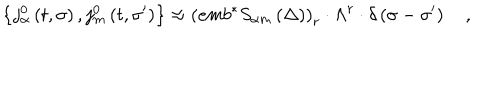
LaTeX: \left\{ j _ { \alpha } ^ { 0 } \left( t , \sigma \right) , j _ { m } ^ { 0 } \left( t , \sigma ^ { \prime } \right) \right\} \approx \left( e m b ^ { * } S _ { \alpha m } \left( \Delta \right) \right) _ { r } \cdot \Lambda ^ { r } \cdot \delta \left( \sigma - \sigma ^ { \prime } \right) \quad ,